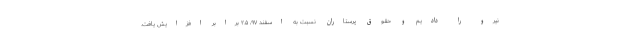
نیرو را دادیم و حقوق پرستاران نسبت به اسفند ۹۷، ۲.۵ برابر افزایش یافت.